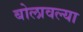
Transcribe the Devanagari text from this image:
बोलावल्या